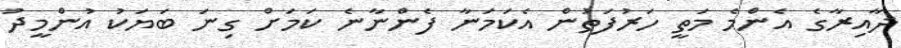
ދާއިރާގެ އެންމެ މަތީ ހަރުފަތުން އެކަމަނާ ފެންނާނެ ކަމަށް ގިނަ ބަޔަކު އުންމީދު